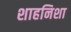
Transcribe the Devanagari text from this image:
शाहनिशा